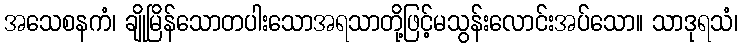
အသေစနကံ၊ ချိုမြိန်သောတပါးသောအရသာတို့ဖြင့်မသွန်းလောင်းအပ်သော။ သာဒုရသံ၊